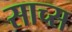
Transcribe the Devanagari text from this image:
साच्स